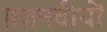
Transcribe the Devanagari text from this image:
ग़ज़नवीयों